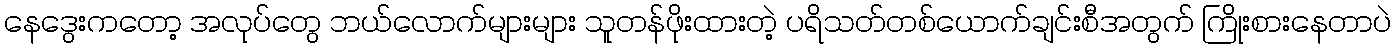
နေဒွေးကတော့ အလုပ်တွေ ဘယ်လောက်များများ သူတန်ဖိုးထားတဲ့ ပရိသတ်တစ်ယောက်ချင်းစီအတွက် ကြိုးစားနေတာပဲ